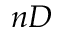
n D